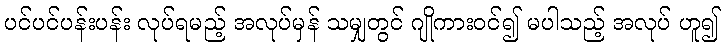
ပင်ပင်ပန်းပန်း လုပ်ရမည့် အလုပ်မှန် သမျှတွင် ဂျိုကားဝင်၍ မပါသည့် အလုပ် ဟူ၍